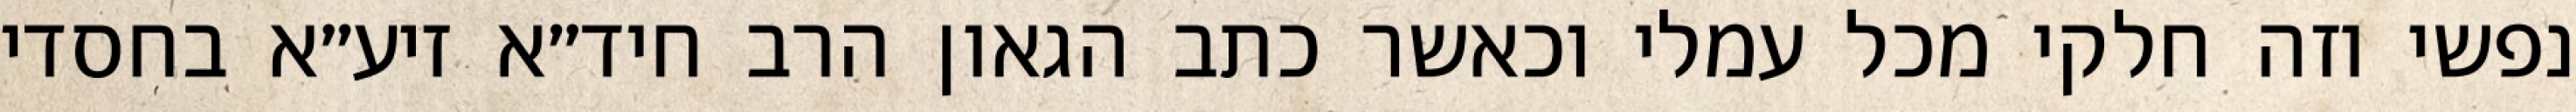
נפשי וזה חלקי מכל עמלי וכאשר כתב הגאון הרב חיד״א זיע״א בחסדי